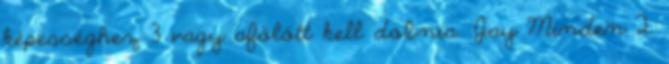
képességhez 3 vagy afölött kell dobnia. Jay Minden 2.